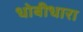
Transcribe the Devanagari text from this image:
धोबीधारा